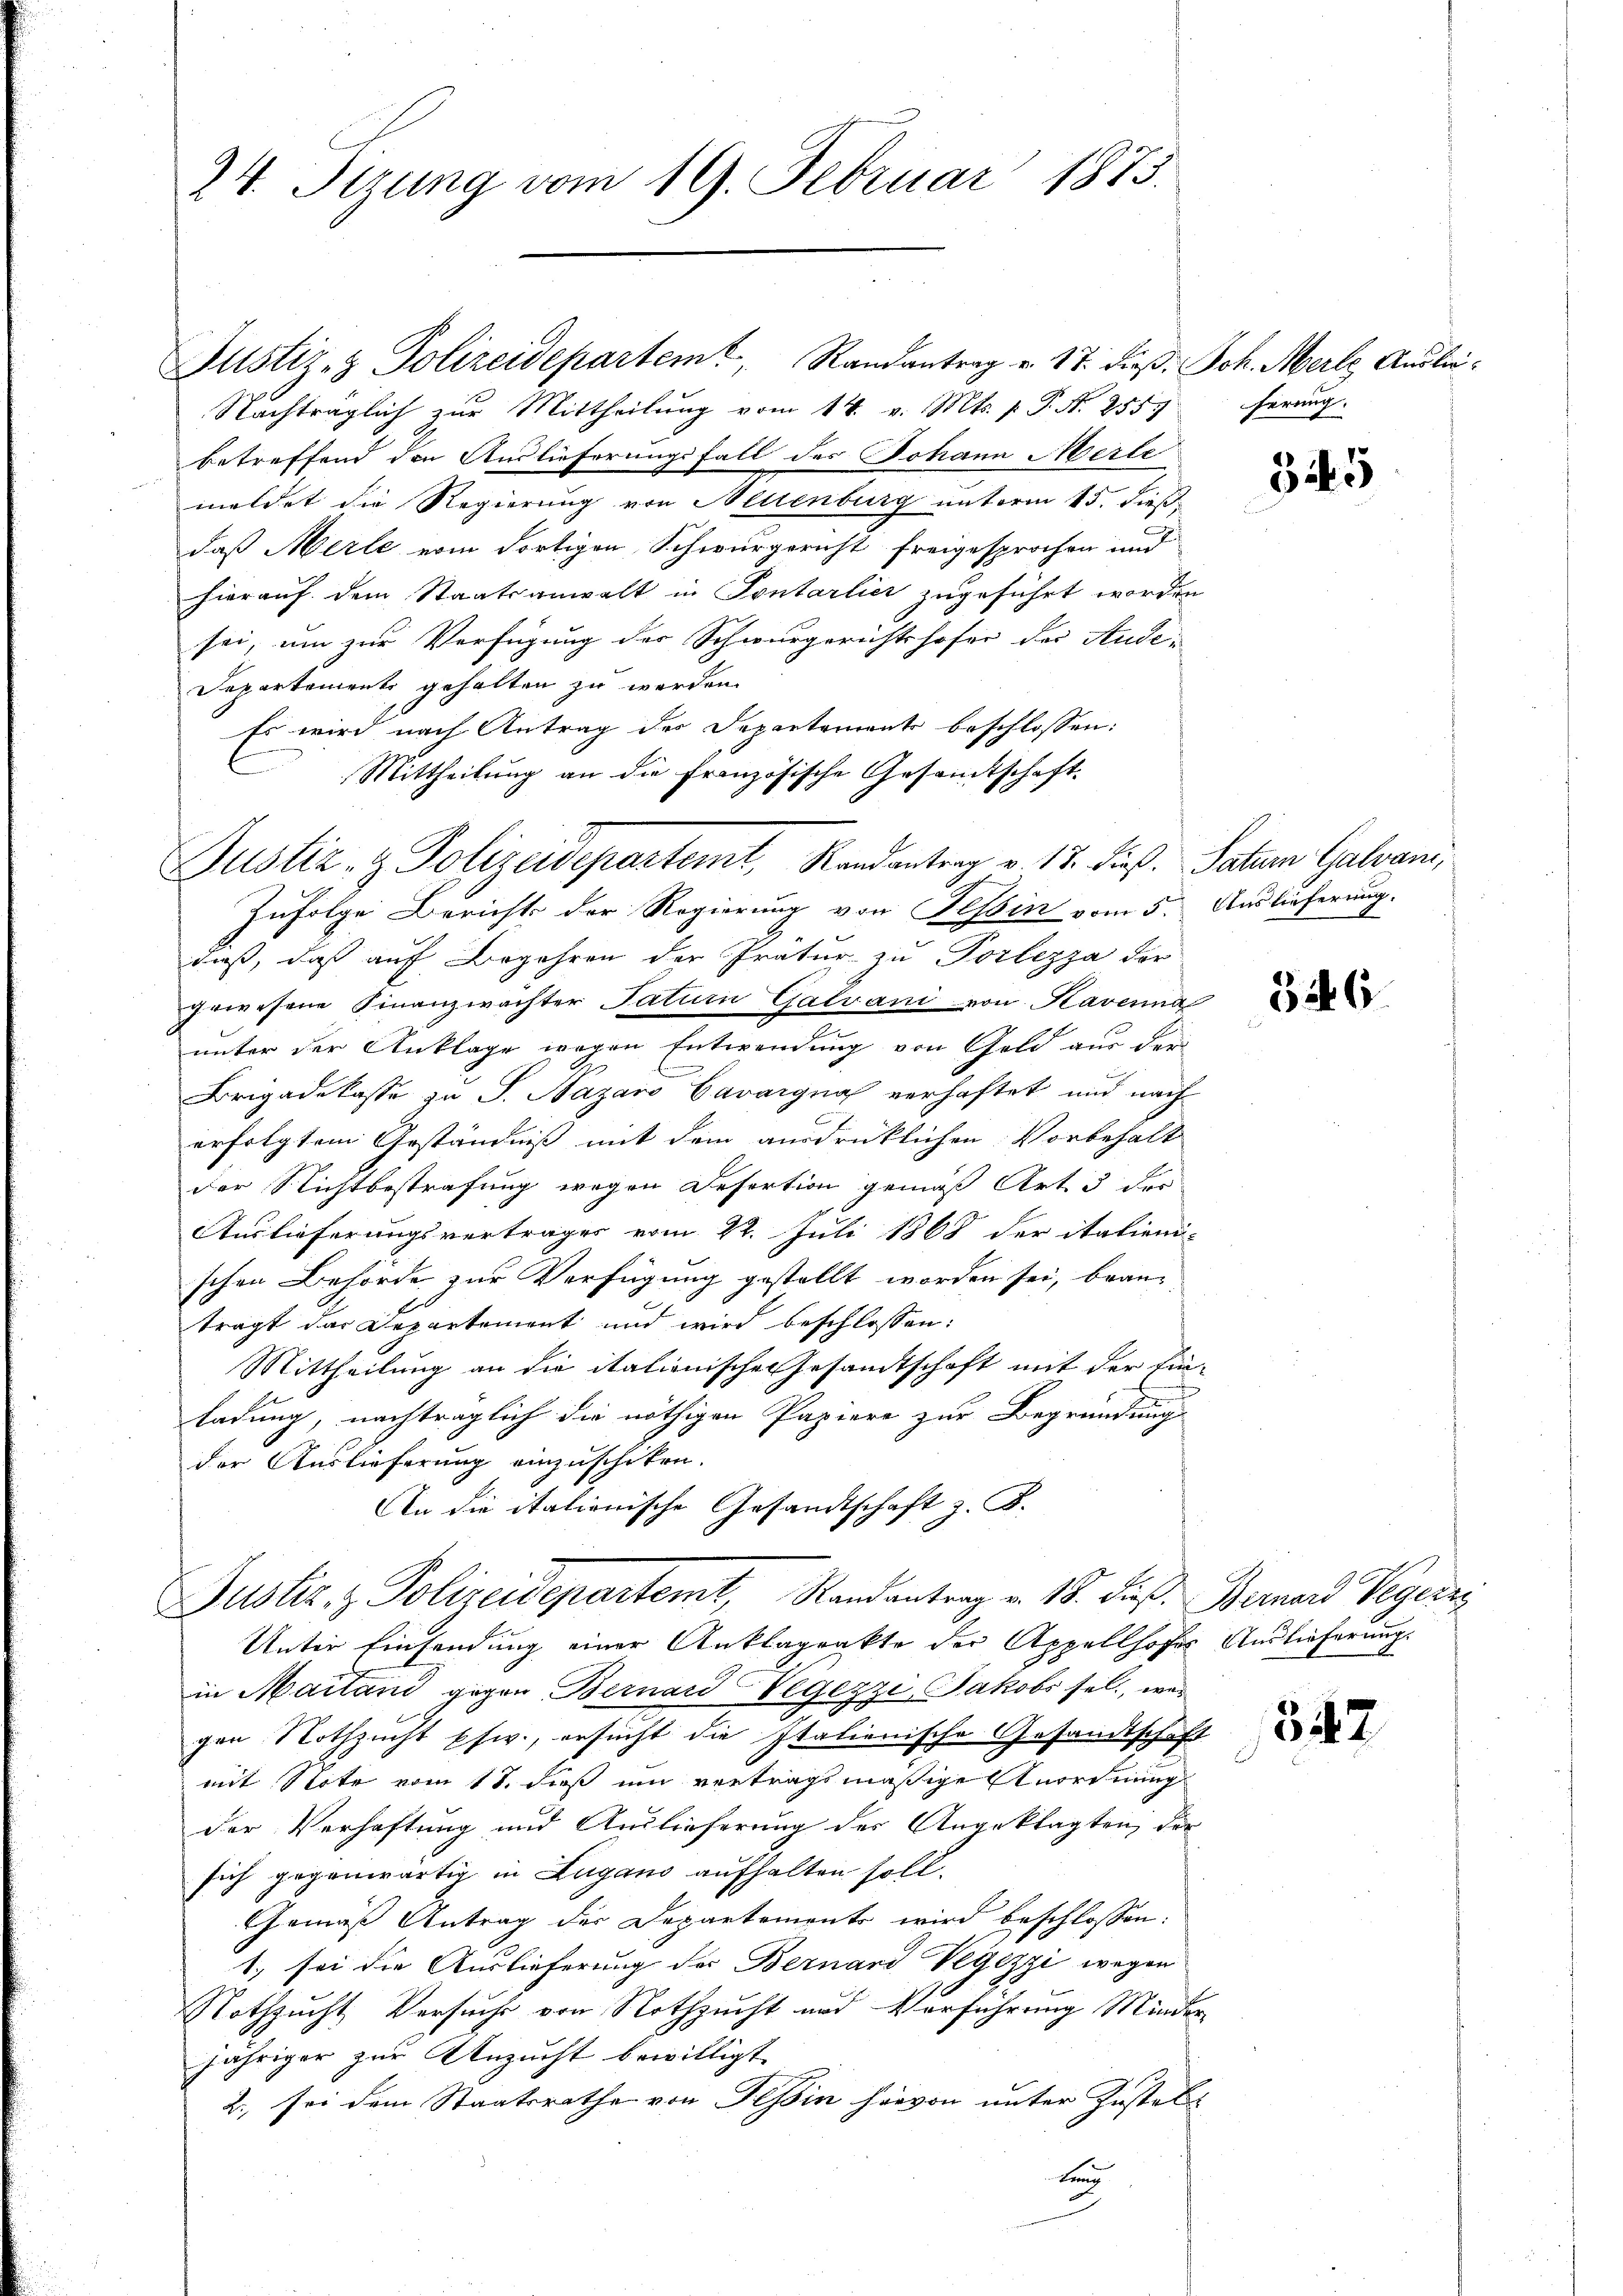
24 Sizung vom 19. Februar 1873.

Justiz- & Polizeidepartemt, Randantrag v. 12. dieß. Satuen Galvan,

Justiz- & Polizeidepartemt, Randantrag v. 17. dieß. Joh. Merl Auslei¬
Nachträglich zur Mittheilung vom 14. v. Mts. p. P. N. 2555
betreffend den Auslieferungsfall des Johann Merle
meldet die Regierung von Neuenburg unterm 15. dieß,
daß Merle vom dortigen Schwurgericht freigesprochen und
hierauf dem Staatsanwalt in Sontarlier zugeführt worden
sei, um zur Verfügung der Schwurgerichtshofer der Aude-
Departemente gehalten zu werden.
Es wird nach Antrag des Departements beschlossen:
Mittheilung an die Französische Gesamtschaft

Justiz & Polizeidepartemt, Randantrag v. 18. die Berner Vergerre

Zufolge Berichts der Regierung von Tessin vom 5. Auslieferung.
daß, daß auf Begehren der Prätur zu Porlezza der
gewesene Finanzwächter Taturn Galvani von Kavenna
unter der Anklage wegen Entwendung von Geld aus der
Brigadekasse zu S. Nazaro Cavargna verhaftet und nach
erfolgtem Geständniß mit dem ausdrücklichen Vorbehalt
der Nichtbestrafung wegen Refertion gemäß Art. 3 der
Auslieferungsvertrages vom 22. Juli 1868 der italieni-
schen Behörde zur Verfügung gestellt worden sei, bean-
trägt das Departement und wird beschlossen:
Mittheilung an die italionische Gesandtschaft mit der Ein-
ladung, nachträglich die nöthigen Papiere zur Begründung
der Auslieferung einzuschiken.
An die italienische Gesandtschaft z. B.

ferung.

Unter Einsendung einer Anklageakte der Appellhofes Auslieferung
in Mailand gegen Bernard-Vegezzi, Jakobs sel., wei
gen Nothzucht pfw., ersucht die Italienische Gesandtschaft
mit Note vom 18. dieß um vertragsmäßige Anordnung
der Verhaftung und Auslieferung des Angeklagten, der
sich gegenwärtig in Zugano aufhalten soll.
Gemäss Antrag der Departements wird beschlossen:
1. sei die Auslieferung der Bernard Vegezzi wegen
Nothzucht Versuche von Nothzucht und Verführung Minder,
jähriger zur Anzucht bewilligt.
2., sei dem Staatsrathe von Tessin hievon unter Instals
lung

345

346

547